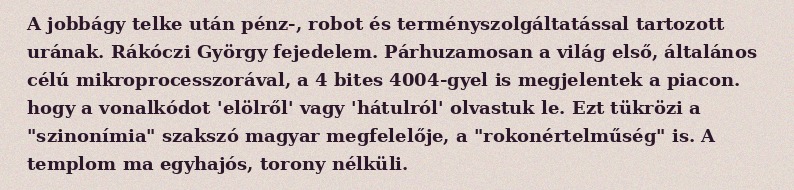
A jobbágy telke után pénz-, robot és terményszolgáltatással tartozott urának. Rákóczi György fejedelem. Párhuzamosan a világ első, általános célú mikroprocesszorával, a 4 bites 4004-gyel is megjelentek a piacon. hogy a vonalkódot 'elölről' vagy 'hátulról' olvastuk le. Ezt tükrözi a "szinonímia" szakszó magyar megfelelője, a "rokonértelműség" is. A templom ma egyhajós, torony nélküli.